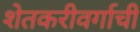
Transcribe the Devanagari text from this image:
शेतकरीवर्गाची